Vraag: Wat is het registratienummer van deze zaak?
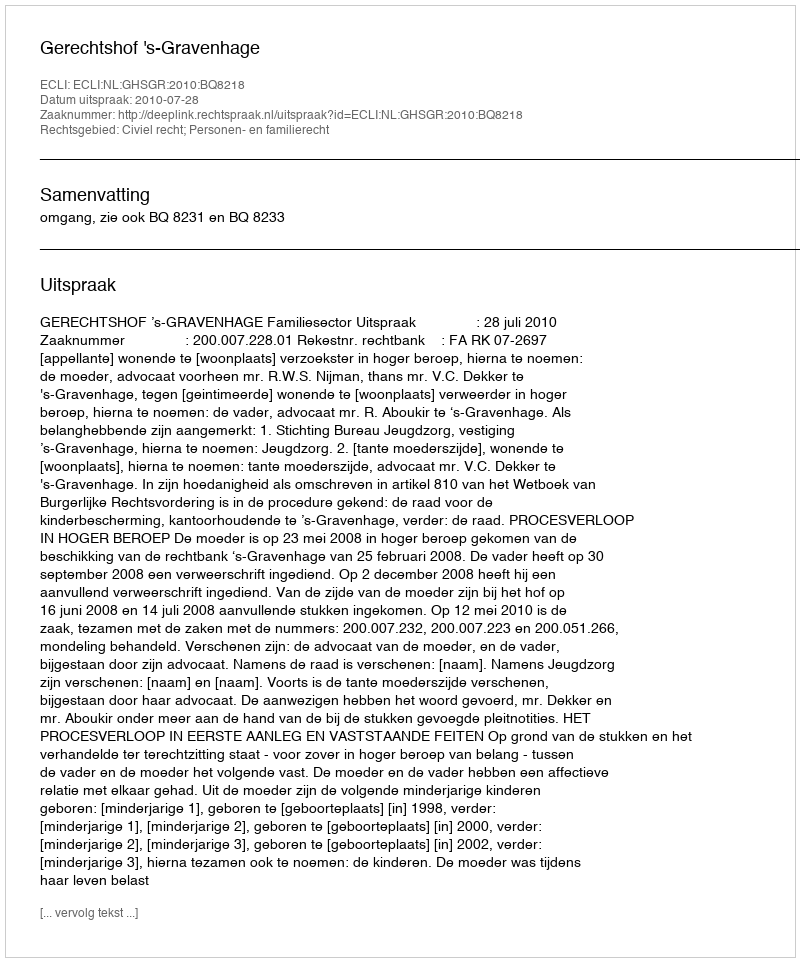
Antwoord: http://deeplink.rechtspraak.nl/uitspraak?id=ECLI:NL:GHSGR:2010:BQ8218